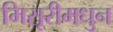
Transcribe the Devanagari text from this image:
मिसूरीमधुन